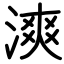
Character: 漺